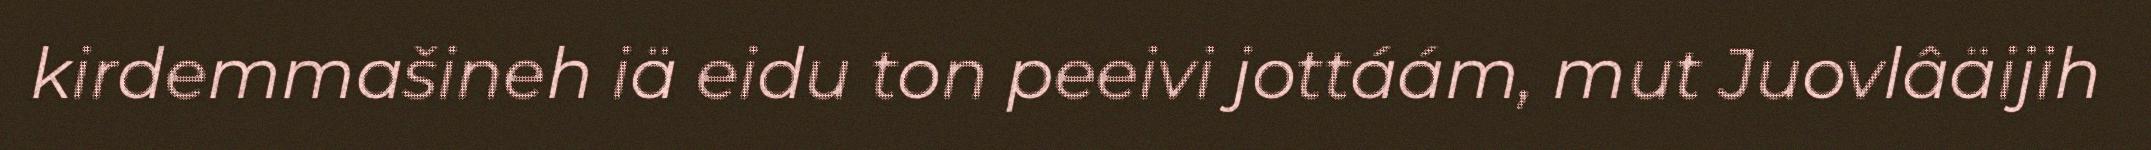
kirdemmašineh iä eidu ton peeivi jottáám, mut Juovlâäijih